Problem: 7 × 8 = ?
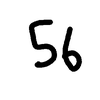
Handwritten answer: 56